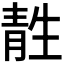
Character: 𫕹